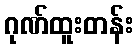
ဂုဏ်ထူးတန်း